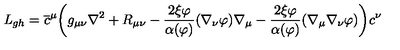
{ \it L } _ { g h } = \overline { c } ^ { \mu } \biggl ( g _ { \mu \nu } \nabla ^ { 2 } + R _ { \mu \nu } - \frac { 2 \xi \varphi } { \alpha ( \varphi ) } ( \nabla _ { \nu } \varphi ) \nabla _ { \mu } - \frac { 2 \xi \varphi } { \alpha ( \varphi ) } ( \nabla _ { \mu } \nabla _ { \nu } \varphi ) \biggr ) c ^ { \nu }